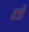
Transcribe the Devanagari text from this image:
वजी